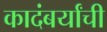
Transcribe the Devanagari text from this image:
कादंबर्यांची